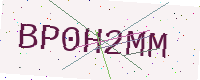
Text: BP0H2MM